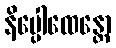
နိပ္ပေါထေန္တော